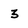
Character: 3